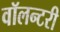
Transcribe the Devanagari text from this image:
वॉलन्टरी